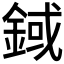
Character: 𨨅